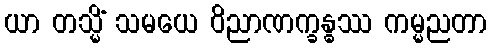
ယာ တသ္မိံ သမယေ ဝိညာဏက္ခန္ဓဿ ကမ္မညတာ